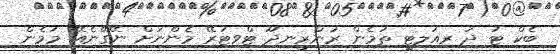
ބެކް ޓު ދަ ރިއަލިޓީ ތަމެން ރަންރީނދޫ ޓްވިޓަރޭ މެންނަށް ނޭގޭނެއޭ މަމެން